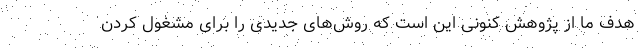
هدف ما از پژوهش کنونی این است که روش‌های جدیدی را برای مشغول کردن